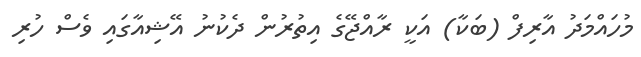
މުހައްމަދު އާރިފް (ބަކާ) އަކީ ރާއްޖޭގެ އިތުރުން ދެކުނު އޭޝިއާގައި ވެސް ހުރި